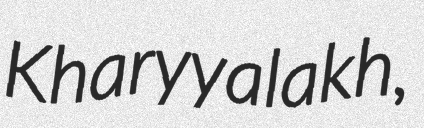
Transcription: Kharyyalakh,